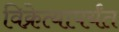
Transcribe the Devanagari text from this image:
विक्रेत्यापर्यंत